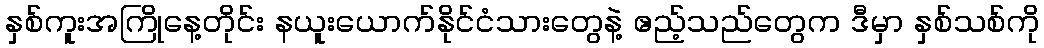
နှစ်ကူးအကြိုနေ့တိုင်း နယူးယောက်နိုင်ငံသားတွေနဲ့ ဧည့်သည်တွေက ဒီမှာ နှစ်သစ်ကို